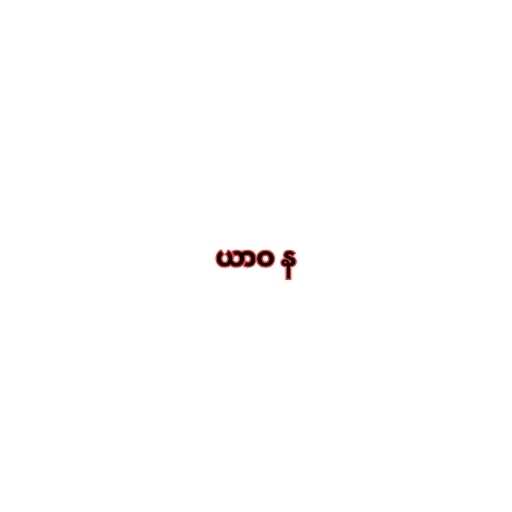
ယာဝ န